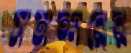
সমন্দরের